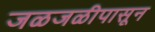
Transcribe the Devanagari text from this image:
जळजळीपासून